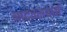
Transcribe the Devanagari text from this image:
नाट्यसपर्धा